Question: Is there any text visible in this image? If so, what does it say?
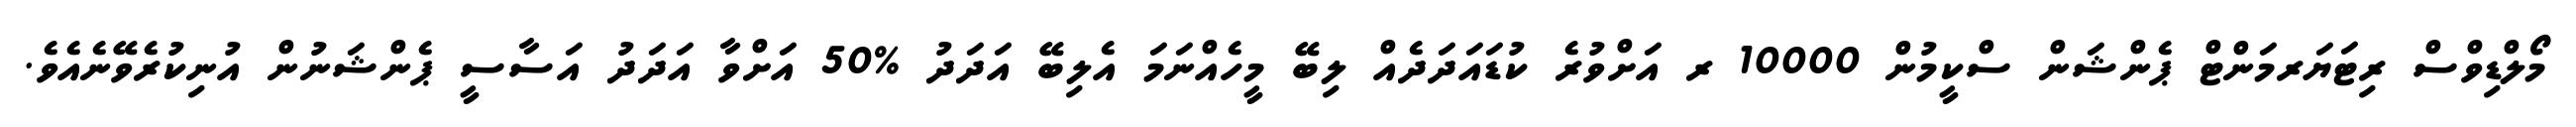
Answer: މޯލްޑިވްސް ރިޓަޔަރމަންޓް ޕެންޝަން ސްކީމުން 10000 ރ އަށްވުރެ ކުޑައަދަދެއް ލިބޭ މީހެއްނަމަ އެލިބޭ އަދަދު %50 އަށްވާ އަދަދު އަސާސީ ޕެންޝަނުން އުނިކުރެވޭނެއެވެ.